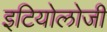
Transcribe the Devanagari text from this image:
इटियोलोजी